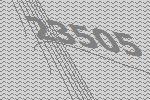
23505